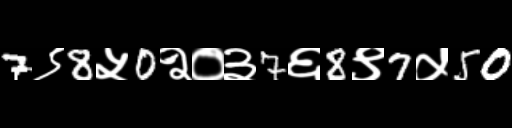
Text: 7९8५0२०३7६8९7५50